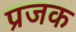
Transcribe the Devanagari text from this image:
प्रजक